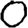
Digit: 0